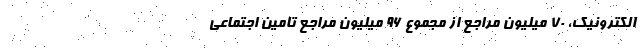
الکترونیک، ۷۰ میلیون مراجع از مجموع ۹۶ میلیون مراجع تامین اجتماعی